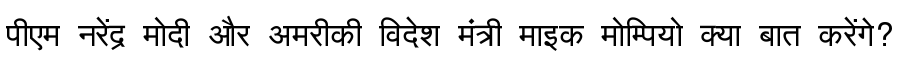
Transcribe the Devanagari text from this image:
पीएम नरेंद्र मोदी और अमरीकी विदेश मंत्री माइक मोम्पियो क्या बात करेंगे?